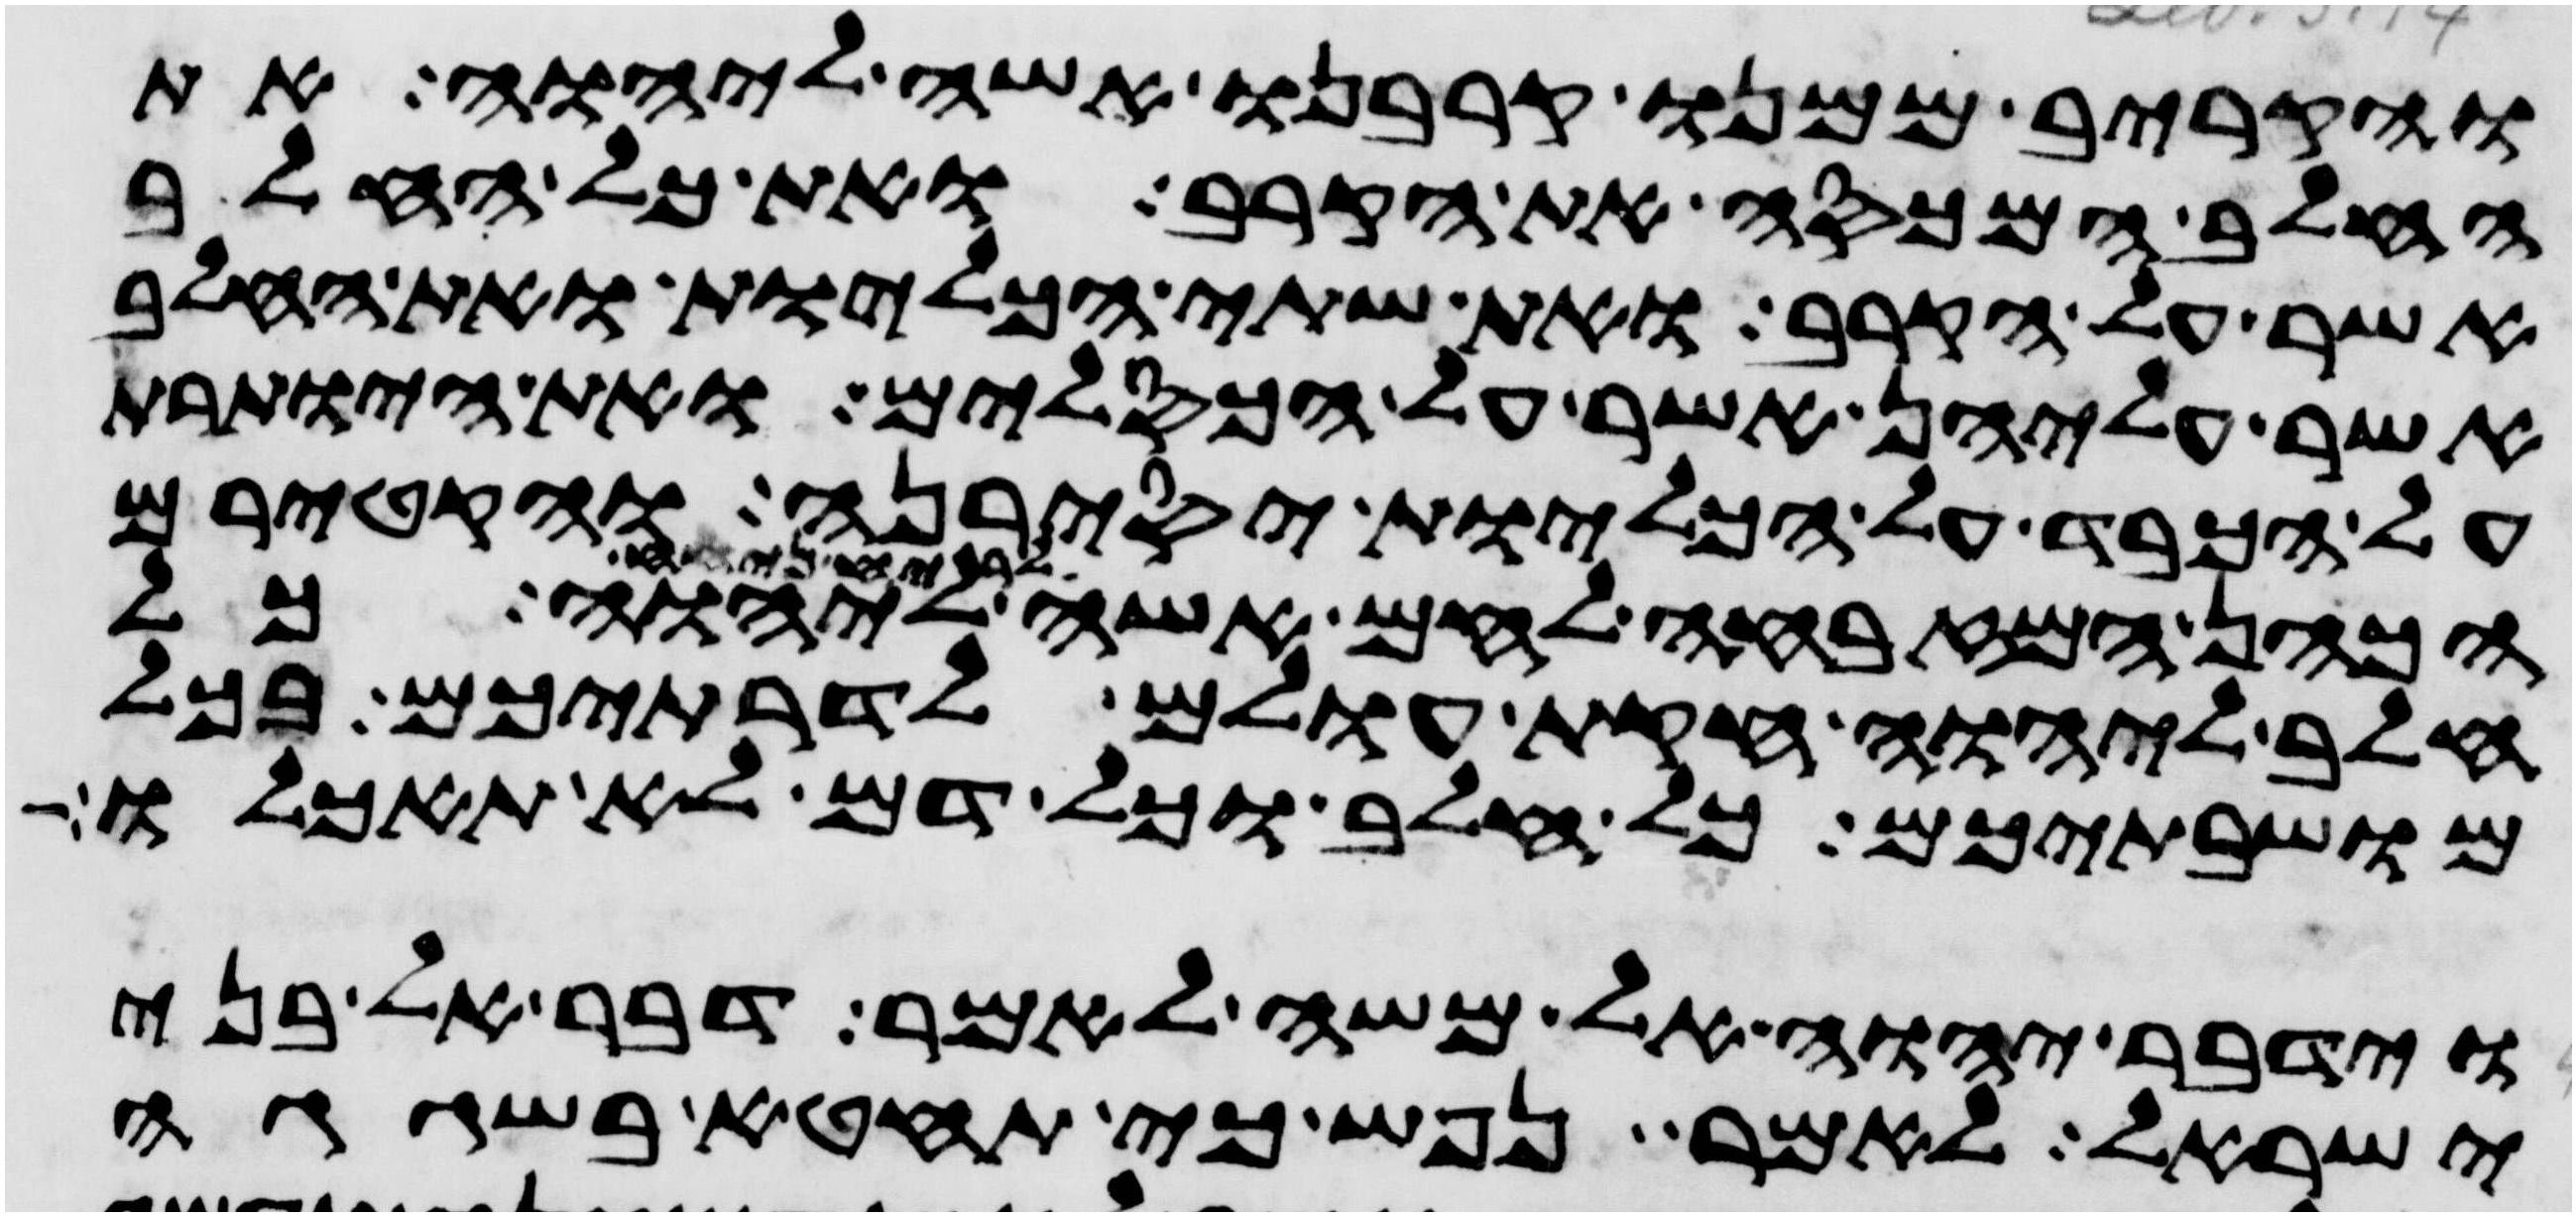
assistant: והקריב ממנו קרבנו אשה ליהוה את
החלב המכסה את הקרב ואת כל החלב
אשר על הקרב ואת שתי הכליות ואת החלב
אשר עליהן אשר על הכסלים ואת היותרת
על הכבד על הכליות יסירנה והקטירם
הכהן המזבחה לחם אשה ליהוה
חלב ליהוה חקת עולם לדרתיכם בכל
מושבתיכם כל חלב וכל דם לא תאכלו
וידבר יהוה אל משה לאמר דבר אל בני
ישראל לאמר נפש כי תחטא בשגגה